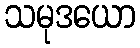
သမုဒယော